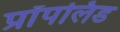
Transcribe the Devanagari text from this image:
प्रॉपलिड